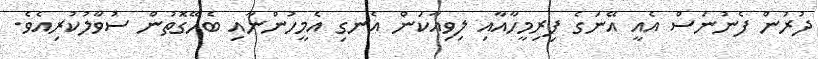
ދުރުން ފެނުނަސް އެއީ އޭނަގެ ފިރިމީހާއާއި ލިވިއާކަން އެނގި އެމީހުންނާއި ބެހޭގޮތުން ސުވާލުކުރިއެވެ.